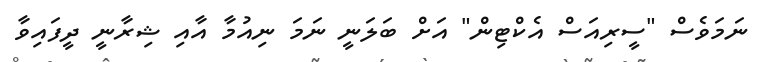
ނަމަވެސް "ސީރިއަސް އެކްޓިން" އަށް ބަލަނީ ނަމަ ނިއުމާ އާއި ޝިރާނީ ދީފައިވާ